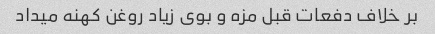
بر خلاف دفعات قبل مزه و بوی زیاد روغن کهنه میداد